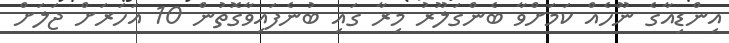
އިންޑިއާގެ ނޫހެއް ކަމަށްވާ ބެންގަލޫރު މިރާ ގައި ބުނެފައިވާގޮތުން 10 އަހަރަށް ޖަލަށް